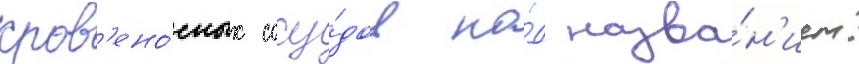
кров'ено́сных сосу́дов по́д назва́н'ием